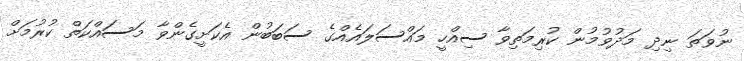
ނުވަތަ ނިދި މަދުވުމުން ކުރިމަތިވާ ސިއްހީ މައްސަލައެއްގެ ސަބަބުން އެކަށީގެންވާ މަސައްކަތް ކުރުމަށް